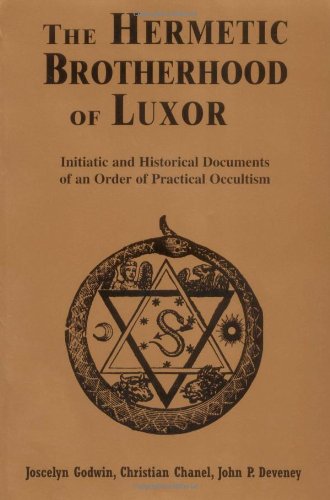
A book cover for The Hermetic Brotherhood of Luxor: Initiatic and Historical Documents of an Order of Practical Occultism; Joscelyn Godwin; Religion & Spirituality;